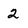
Character: 2